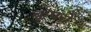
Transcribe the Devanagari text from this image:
क्रूपचे